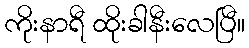
ကိုးနာရီ ထိုးခါနီးလေပြီ။